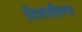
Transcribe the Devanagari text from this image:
दिसतीलच